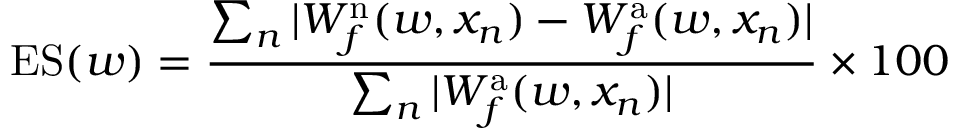
\mathrm { E S } ( w ) = \frac { \sum _ { n } | W _ { f } ^ { \mathrm { n } } ( w , x _ { n } ) - W _ { f } ^ { \mathrm { a } } ( w , x _ { n } ) | } { \sum _ { n } | W _ { f } ^ { \mathrm { a } } ( w , x _ { n } ) | } \times 1 0 0 \